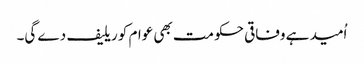
اُمید ہے وفاقی حکومت بھی عوام کو ریلیف دے گی۔